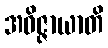
အဝိဇ္ဇာယာတိ